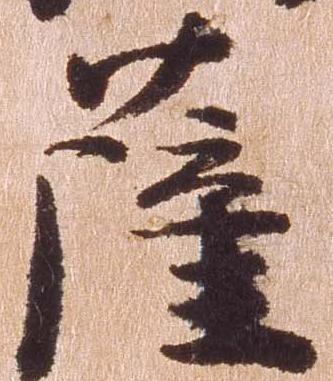
薩